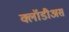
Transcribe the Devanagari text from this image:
क्लॉडीअस